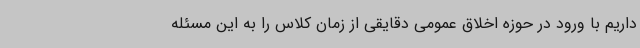
داریم با ورود در حوزه اخلاق عمومی دقایقی از زمان کلاس را به این مسئله